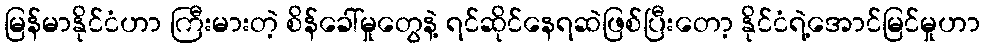
မြန်မာနိုင်ငံဟာ ကြီးမားတဲ့ စိန်ခေါ်မှုတွေနဲ့ ရင်ဆိုင်နေရဆဲဖြစ်ပြီးတော့ နိုင်ငံရဲ့အောင်မြင်မှုဟာ